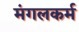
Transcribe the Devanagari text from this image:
मंगलकर्म